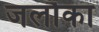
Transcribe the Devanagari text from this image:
जलौका